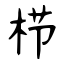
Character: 栉